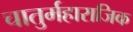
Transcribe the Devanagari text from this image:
चातुर्महाराजिक